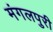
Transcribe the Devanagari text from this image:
मंगलपुरी